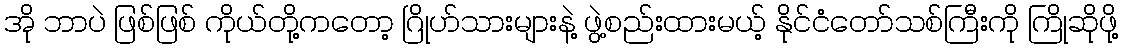
အို ဘာပဲ ဖြစ်ဖြစ် ကိုယ်တို့ကတော့ ဂြိုဟ်သားများနဲ့ ဖွဲ့စည်းထားမယ့် နိုင်ငံတော်သစ်ကြီးကို ကြိုဆိုဖို့